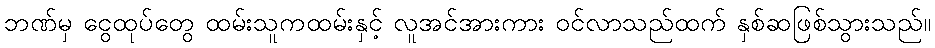
ဘဏ်မှ ငွေထုပ်တွေ ထမ်းသူကထမ်းနှင့် လူအင်အားကား ဝင်လာသည်ထက် နှစ်ဆဖြစ်သွားသည်။